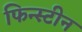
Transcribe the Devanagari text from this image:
फिन्स्टीन